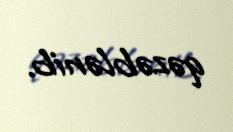
qəzəblənib.